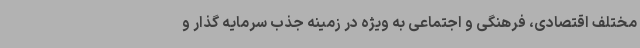
مختلف اقتصادی، فرهنگی و اجتماعی به ویژه در زمینه جذب سرمایه گذار و